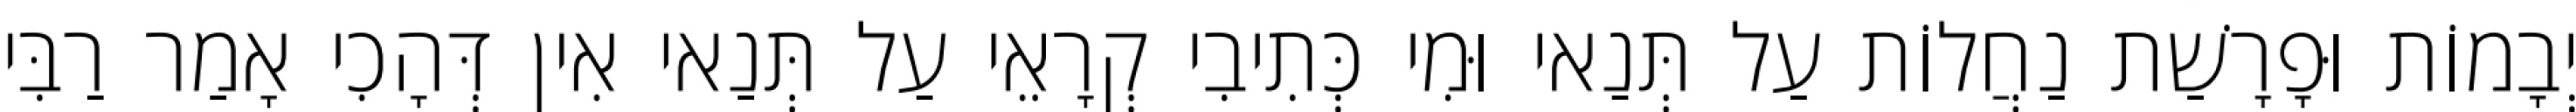
יְבָמוֹת וּפָרָשַׁת נַחֲלוֹת עַל תְּנַאי וּמִי כְּתִיבִי קְרָאֵי עַל תְּנַאי אִין דְּהָכִי אָמַר רַבִּי